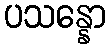
ပသန္နော